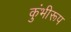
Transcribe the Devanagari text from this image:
कुंभीरूप